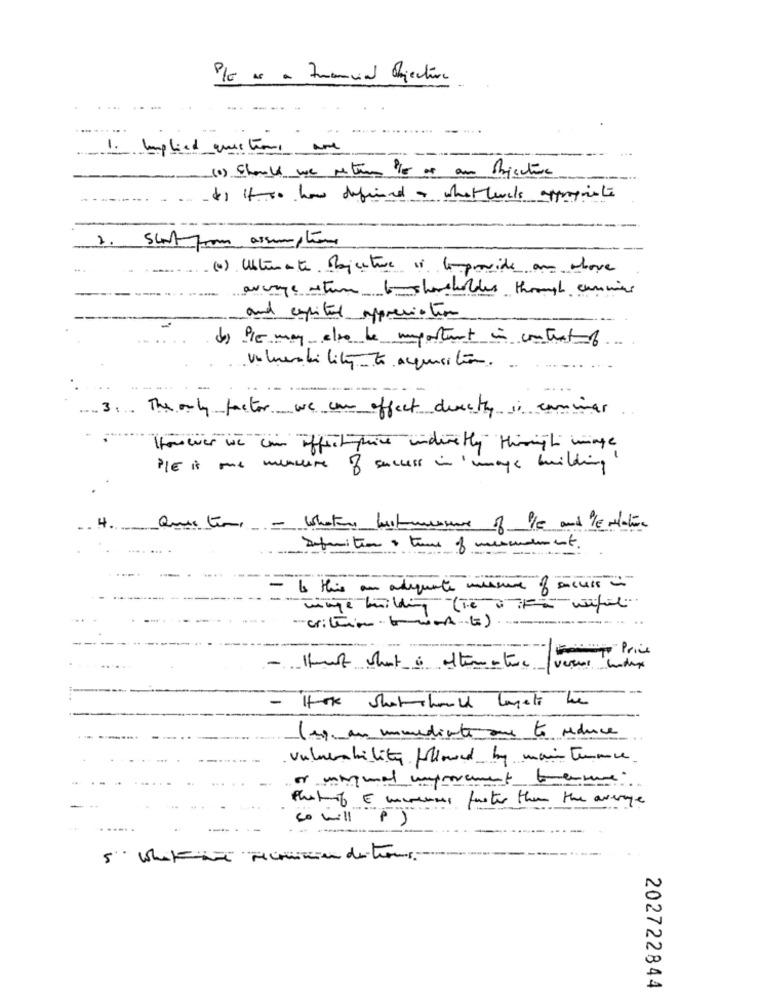
P/ as a Francia objective
-.....
1. Implied questions are
(0) Should we return /r as an objective
4) 10 how defined + what levels appropriate
1. short from assumption
(e) Ultimante Pejecture ci lemprovide an chove
average itune 6-shareholders through cummins
and capital appreciation
d) ile may also be important in contextof
3. The only factor we can affect dencity is caminar
However we can affect-price underetly Hiringti mage
PIE is one measure of success in mage building"
Que time - Whatare beitmurmure
of /c and /E Motion
Definition + tune of mercurement
Is this an adequate mesure of aussi
Tunge building (we F wifit
crittion- format.(t)
- Hhmert short a alternative versus wody
5
- Hot Shotshould lagets be
(eg. an immediate due to reduce
vulnerability followed by maintenance
or maryunal improvement tame
thetnf & minerals faster than the average
so will P )
202722844